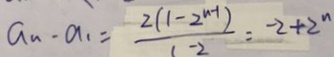
a _ { n } \cdot a _ { 1 } = \frac { 2 ( 1 - 2 ^ { n - 1 } ) } { 1 - 2 } = - 2 + 2 ^ { n }